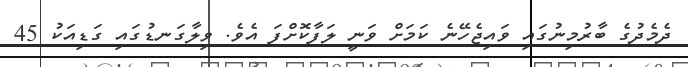
ދެމެދުގެ ބާރުމިނުގައި ވައިޖެހޭނެ ކަމަށް ވަނީ ލަފާކޮށްފަ އެވެ. ވިލާގަނޑުގައި ގަޑިއަކު 45